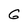
Character: G